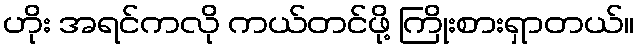
ဟိုး အရင်ကလို ကယ်တင်ဖို့ ကြိုးစားရှာတယ်။